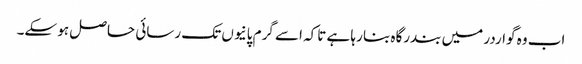
اب وہ گواردر میں بندرگاہ بنا رہا ہے تاکہ اسے گرم پانیوں تک رسائی حاصل ہو سکے۔